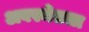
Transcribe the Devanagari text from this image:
अवस्थेतला